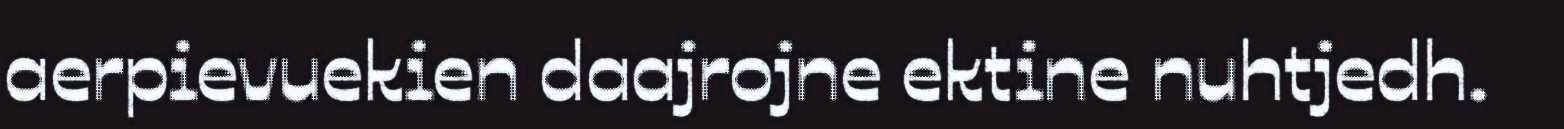
aerpievuekien daajrojne ektine nuhtjedh.